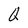
Character: Q